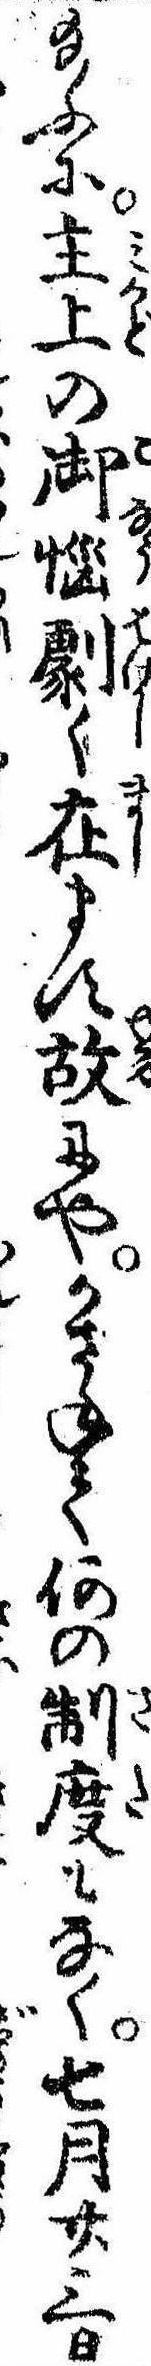
給ふに主上の御悩劇く在ます故にやかさねて何の制度もなく七月廿三日